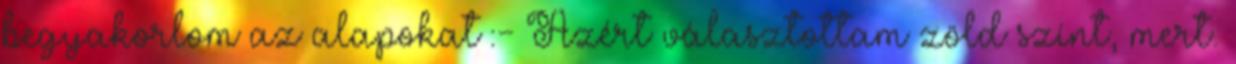
begyakorlom az alapokat :- Azért választottam zöld színt, mert.